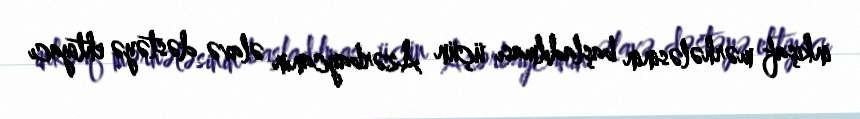
inkişaf mərhələsinin başladılması üçün Azərbaycanın əlavə dəstəyə ehtiyacı